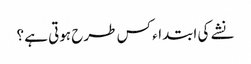
نشے کی ابتداء کس طرح ہوتی ہے ؟